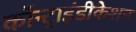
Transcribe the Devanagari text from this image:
कॉन्ट्राइंडीकेशन